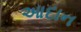
આદાન